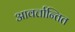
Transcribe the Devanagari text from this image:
आवर्त्तान्तित